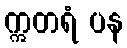
ဣတရံ ပန